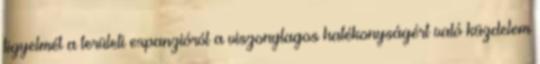
figyelmét a területi expanzióról a viszonylagos hatékonyságért való küzdelem